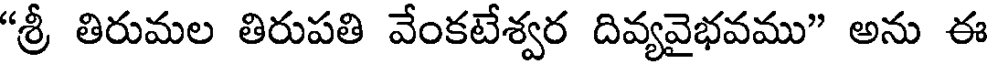
"శ్రీ తిరుమల తిరుపతి వేంకటేశ్వర దివ్యవైభవము" అను ఈ